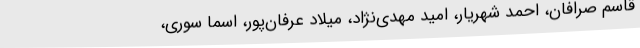
قاسم صرافان، احمد شهریار، امید مهدی‌نژاد، میلاد عرفان‌پور، اسماً سوری،